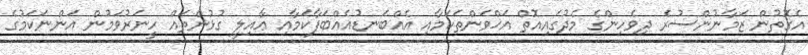
އެގޮތުން ޒަމާނުންސުރެ ދިވެހިންގެ މެދުގައިއޮތް އަޚްވަންތަކަމާއި އެއްބަނޑުއެއްބަފާކަމާއި ޢާއިލީ ގުޅުންތައް ހީނަރުވަމުން އަންނަކަމުގެ